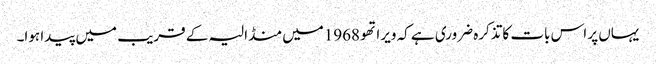
یہاں پر اس بات کاتذکرہ ضروری ہے کہ ویراتھو 1968میں منڈالیہ کے قریب میں پیدا ہوا۔